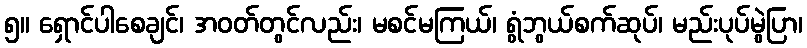
၅။ ရှောင်ပါစေချင်၊ အဝတ်တွင်လည်း၊ မစင်မကြယ်၊ ရွံဘွယ်စက်ဆုပ်၊ မည်းပုပ်မွဲပြာ၊